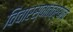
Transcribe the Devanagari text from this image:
विचारस्वातंत्र्याचे